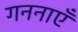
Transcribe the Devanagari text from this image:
गननाएँ